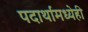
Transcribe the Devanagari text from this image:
पदार्थांमध्येही